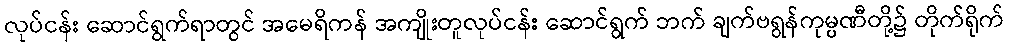
လုပ်ငန်း ဆောင်ရွက်ရာတွင် အမေရိကန် အကျိုးတူလုပ်ငန်း ဆောင်ရွက် ဘက် ချက်ဗရွန်ကုမ္ပဏီတို့၌ တိုက်ရိုက်